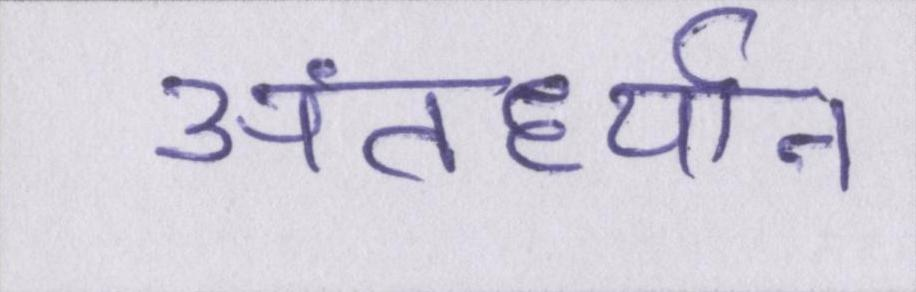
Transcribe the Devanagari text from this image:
अंतर्ध्यान